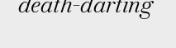
death-darting